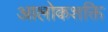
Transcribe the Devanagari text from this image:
आलोकशक्ति